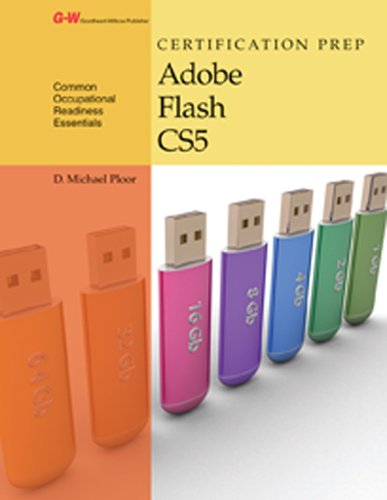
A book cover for Certification Prep Adobe Flash CS5; D. Michael Ploor; Computers & Technology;